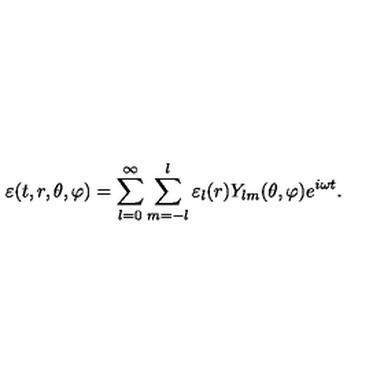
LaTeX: \varepsilon ( t , r , \theta , \varphi ) = \sum _ { l = 0 } ^ { \infty } \sum _ { m = - l } ^ { l } \varepsilon _ { l } ( r ) Y _ { l m } ( \theta , \varphi ) e ^ { i \omega t } .